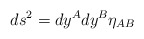
\begin{align*} ds^2 = dy^A dy^B \eta_{AB}\end{align*}